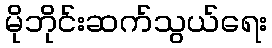
မိုဘိုင်းဆက်သွယ်ရေး